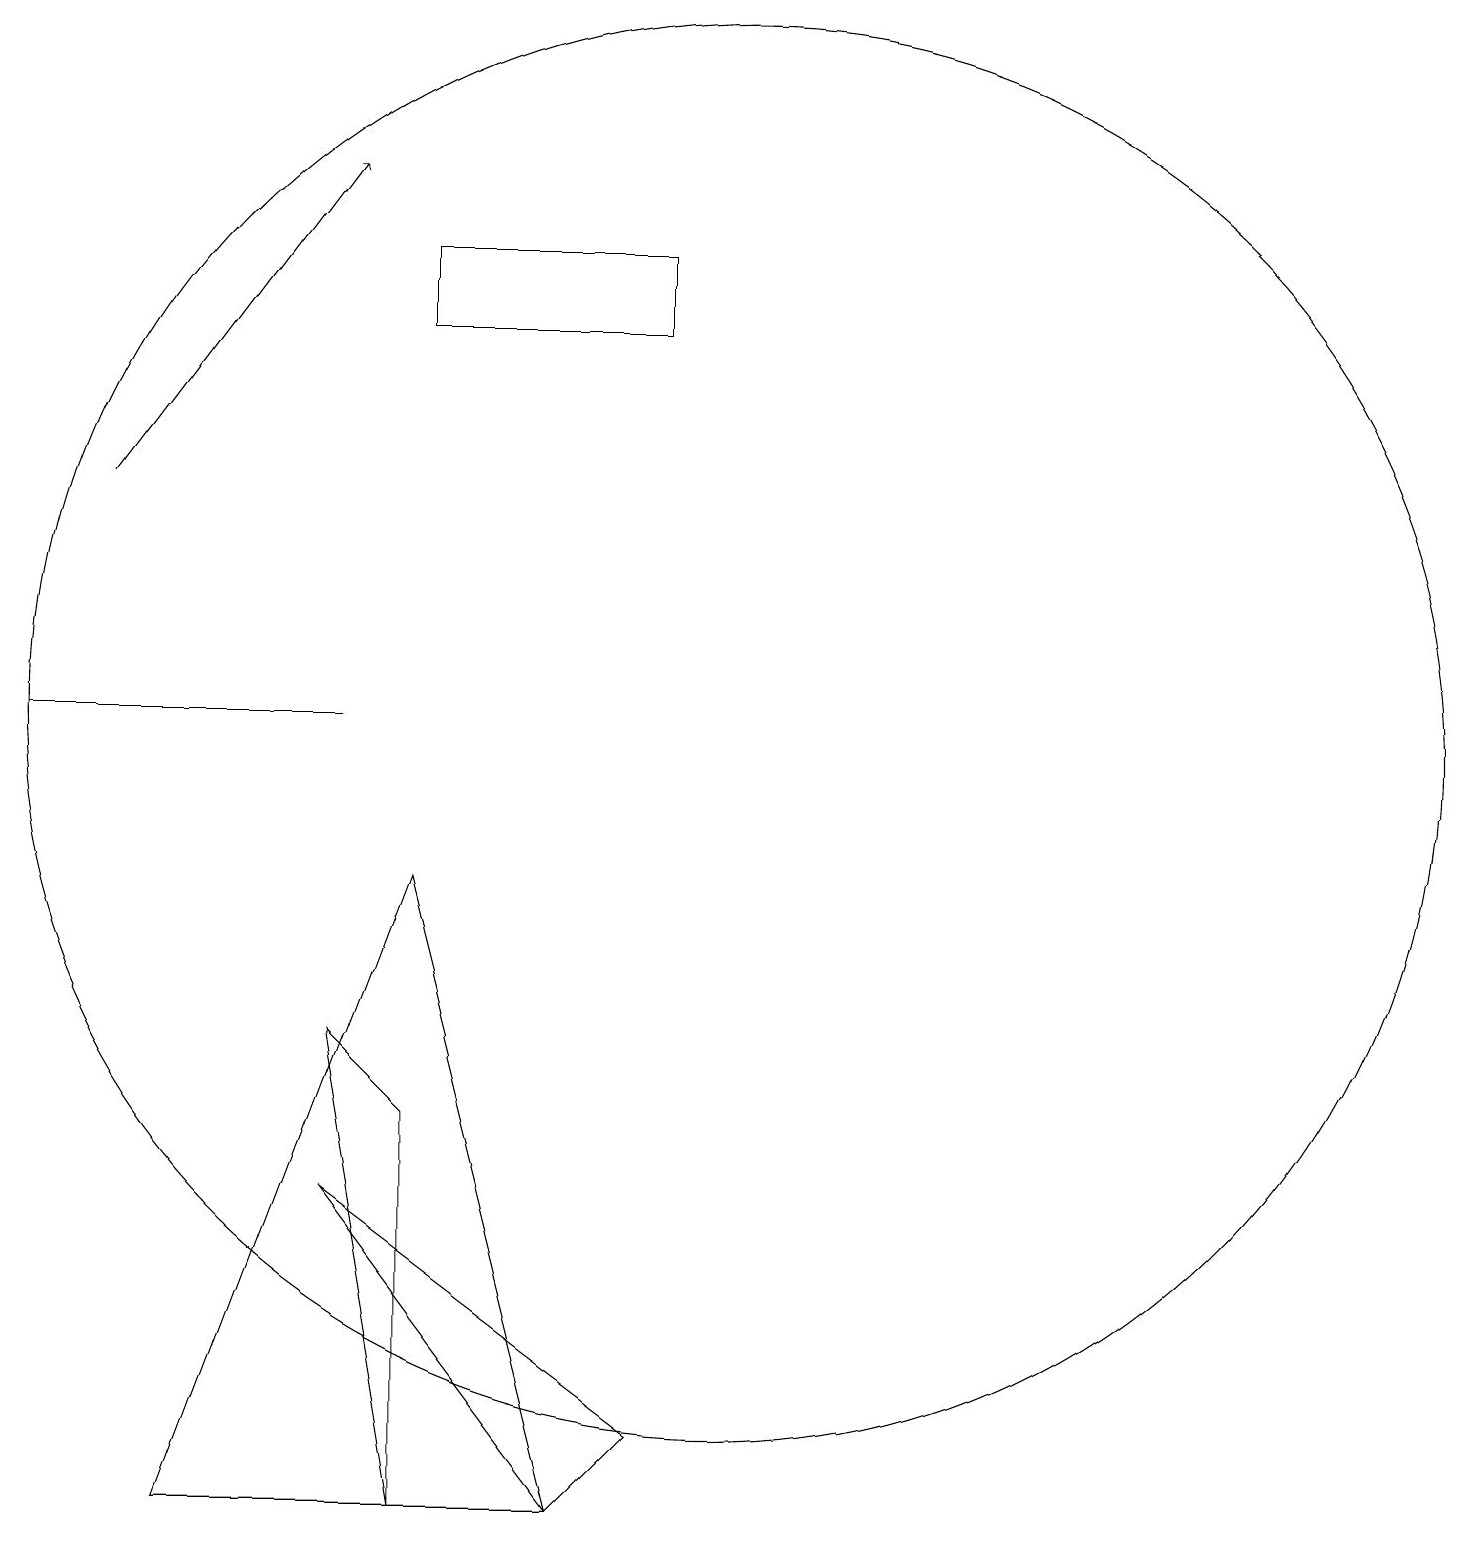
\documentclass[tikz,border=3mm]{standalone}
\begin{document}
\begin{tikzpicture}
\draw (5,6) -- (6,5) -- (6,0) -- cycle;
\draw (5,10) rectangle (1,10);
\draw[->] (2,13) -- (5,17);
\draw (10,10) circle (9);
\draw (9,15) rectangle (6,16);
\draw (8,0) -- (9,1) -- (5,4) -- cycle;
\draw (8,0) -- (3,0) -- (6,8) -- cycle;
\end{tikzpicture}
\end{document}